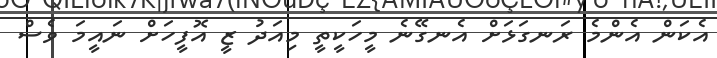
އެކަން އެންމެ ރަނގަޅަށް އެނގޭނެ މީހަކީތީ މިއަދު ޒީ އޮފީހަށް ނައީމަ ވެސް